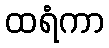
ထရံကာ